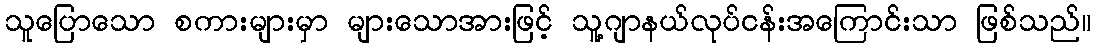
သူပြောသော စကားများမှာ များသောအားဖြင့် သူ့ဂျာနယ်လုပ်ငန်းအကြောင်းသာ ဖြစ်သည်။